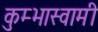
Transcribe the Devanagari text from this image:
कुम्भास्वामी